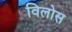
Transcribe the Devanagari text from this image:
विलोस